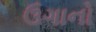
ઉગાનો